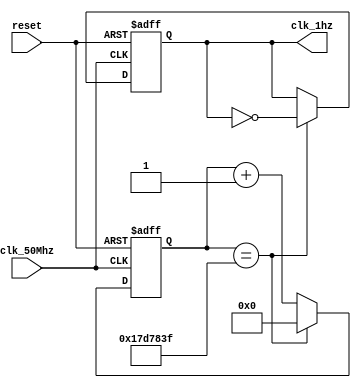
`timescale 1ns / 1ps

module clock_divider(
input wire clk_50Mhz,
input wire reset,
output reg clk_1hz
);
reg [24:0] clk_counter;

always@(posedge clk_50Mhz or posedge reset) begin
   if (reset) begin
    clk_counter <= 0;
    clk_1hz <= 0;
    end
   else begin
    if (clk_counter == 25000000-1) begin
        clk_counter <=0;
        clk_1hz <= ~clk_1hz; end
    else
        clk_counter <= clk_counter+1;
    end
end
endmodule